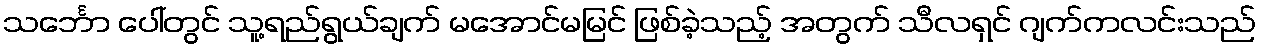
သင်္ဘော ပေါ်တွင် သူ့ရည်ရွယ်ချက် မအောင်မမြင် ဖြစ်ခဲ့သည့် အတွက် သီလရှင် ဂျက်ကလင်းသည်